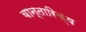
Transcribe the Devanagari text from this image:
वान्तारिक्ष